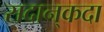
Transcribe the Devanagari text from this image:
सदान्‌कदा